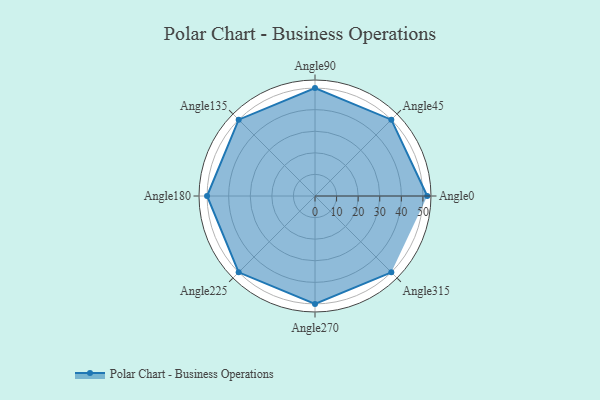
{"axis": {"x": "Angle", "y": "Radius"}, "legend": [""], "data": [{"x": "Angle0", "y": 52.0, "type": ""}, {"x": "Angle45", "y": 50, "type": ""}, {"x": "Angle90", "y": 50, "type": ""}, {"x": "Angle135", "y": 50, "type": ""}, {"x": "Angle180", "y": 50, "type": ""}, {"x": "Angle225", "y": 50, "type": ""}, {"x": "Angle270", "y": 50, "type": ""}, {"x": "Angle315", "y": 50, "type": ""}]}